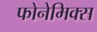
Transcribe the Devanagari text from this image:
फोनेमिक्स